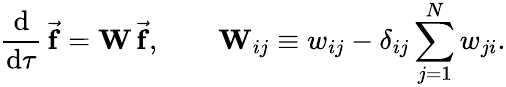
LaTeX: \frac{\mathrm{d}}{\mathrm{d}\tau}\, \vec{\mathbf{f}}=\mathbf{W}\, \vec{\mathbf{f}},\qquad\mathbf{W}_{ij}\equiv w_{ij}-\delta_{ij}\sum_{j=1}^{N}w_{ji}.